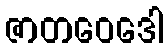
ဇာတဝေဒေါ